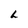
Character: L